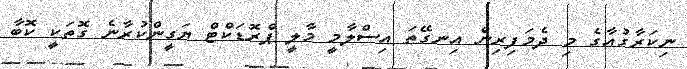
ނިކަރާގުއާގެ މި ދެމަފިރިން އިނގޭތަ އިސްލާމީ މާލީ ޕްރޮޑަކްޓް ޔަގީންކުރާނެ ގޮތަކީ ކޮބާ